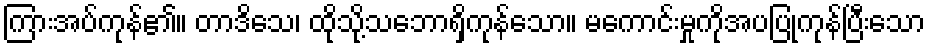
ကြားအပ်ကုန်၏။ တာဒိသေ၊ ထိုသို့သဘောရှိကုန်သော။ မကောင်းမှုကိုအပပြုကုန်ပြီးသော